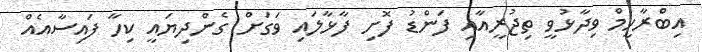
އިބްރާހީމް ވިދާޅުވީ ތިޖުރީއާއި ފަންޑު ފޮށި ފާޅާލައި ވަގަށް ގެންދިޔައީ ކިހާ ފައިސާއެއް